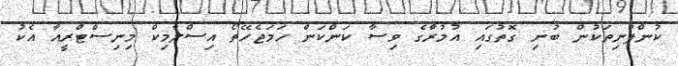
ކުންފުނިތަކުން ބުނި ގޮތުގައި އުމުރާގެ ވިސާ ކަންކަން ހަމަޖެހޭތޯ އިސްލާމިކް މިނިސްޓްރީއާ އެކު